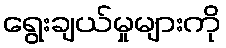
ရွေးချယ်မှုများကို